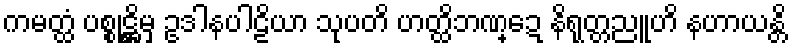
ကမတ္ထံ ပစ္စုဋ္ဌိမှ ဥဒါနပါဠိယာ သုပတိ ဟတ္ထိဘဏ္ဍေ နိရုတ္တညူဟိ နဟာယန္တိ